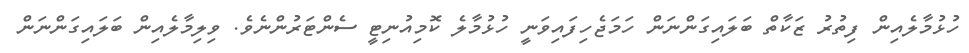
ހުޅުމާލެއިން ފިތުރު ޒަކާތް ބަލައިގަންނަން ހަމަޖެހިފައިވަނީ ހުޅުމާލެ ކޮމިއުނިޓީ ސެންޓަރުންނެވެ. ވިލިމާލެއިން ބަލައިގަންނަން